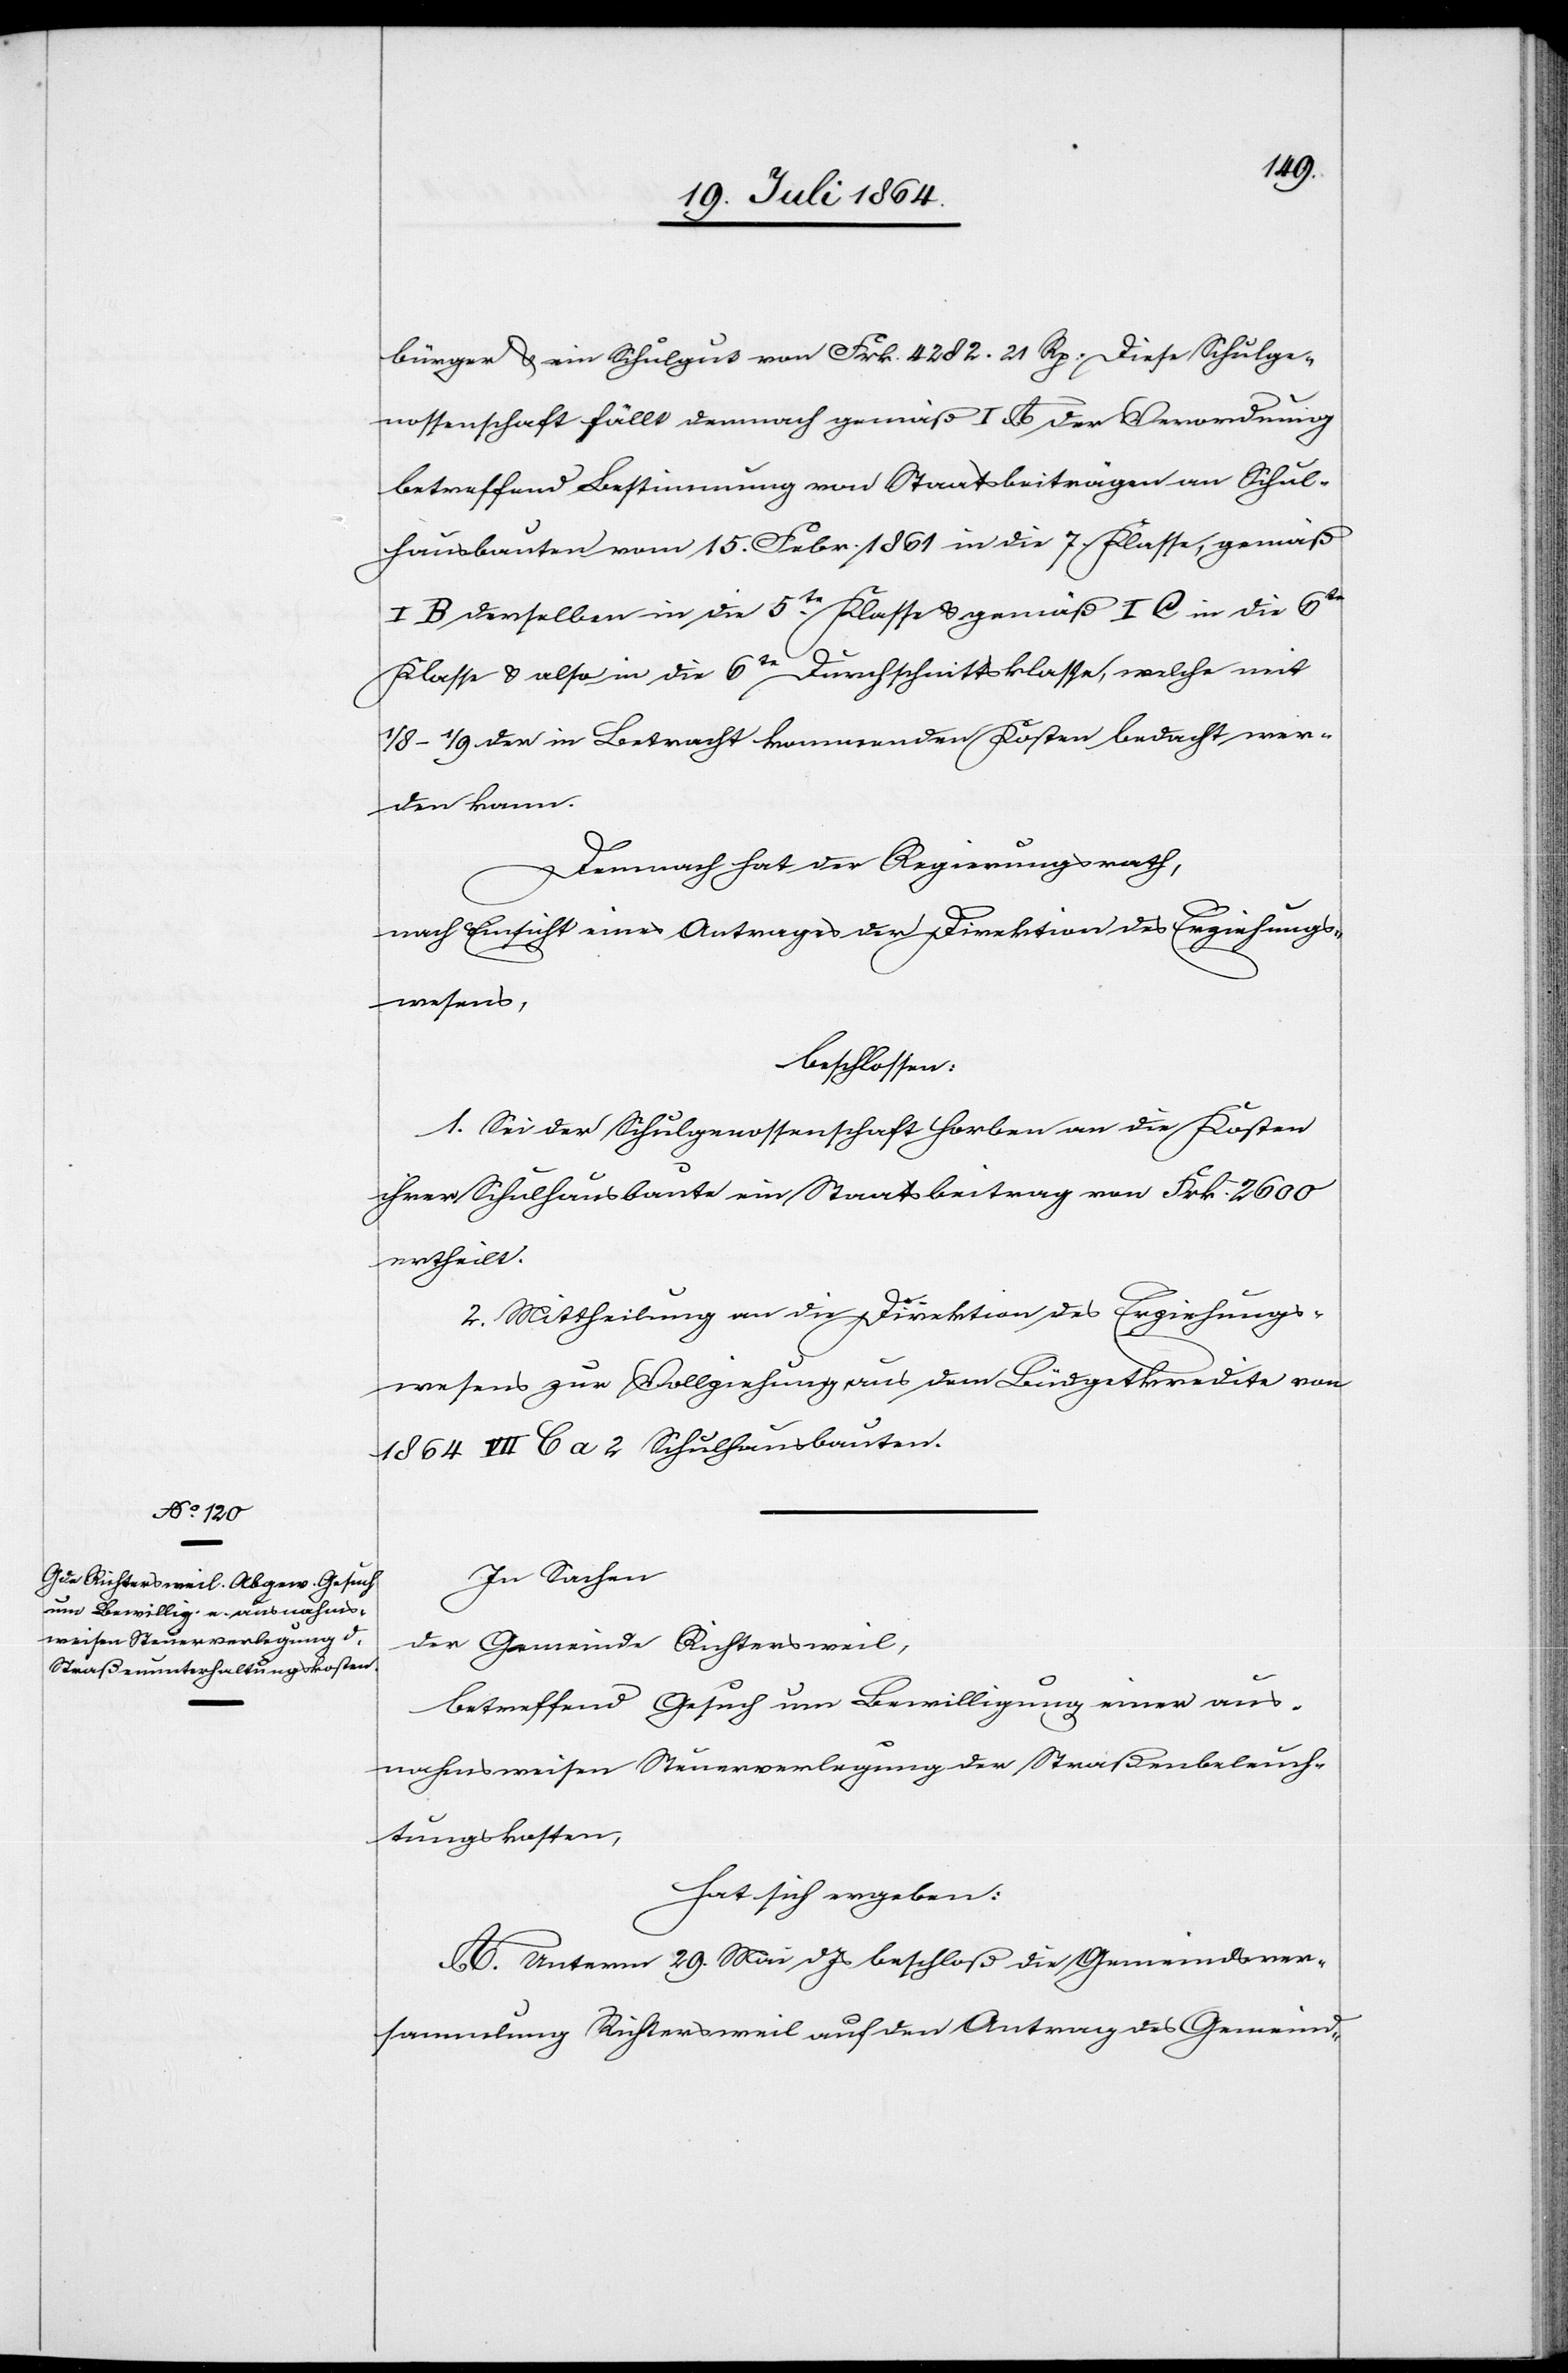
bürger u. ein Schulgut von Frk. 4282.21 Rp. Diese Schulge¬
nossenschaft fällt demnach gemäß I A der Verordnung
betreffend Bestimmung von Staatsbeiträgen an Schul¬
hausbauten vom 15. Febr. 1861 in die 7. Klasse, gemäß
I B derselben in die 5te Klasse u. gemäß I C in die 6te
Klasse u. also in die 6te Durchschnittsklasse, welche mit
1/8–1/9 der in Betracht kommenden Kosten bedacht wer¬
den kann.
Demnach hat der Regierungsrath,
nach Einsicht eines Antrages der Direktion des Erziehungs¬
wesens,
beschlossen:
1. Sei der Schulgenossenschaft Horben an die Kosten
ihrer Schulhausbaute ein Staatsbeitrag von Frk. 2600
ertheilt.
2. Mittheilung an die Direktion des Erziehungs¬
wesen zur Vollziehung aus dem Büdgetkredite von
1864 VII C a 2 Schulhausbauten.
In Sachen
der Gemeinde Richtersweil,
betreffend Gesuch um Bewilligung einer aus¬
nahmsweisen Steuerverlegung der Straßenbeleuch¬
tungskosten,
hat sich ergeben:
A. Unterm 29. Mai d. Js. beschloß die Gemeindsver¬
sammlung Richtersweil auf den Antrag des Gemeind-